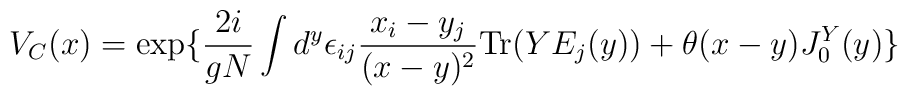
V_C(x)=\exp\{{2i\over gN}\int d^y \epsilon_{ij}{x_i-y_j\over (x-y)^2}{\rm Tr}(YE_j(y))+\theta(x-y)J_0^Y(y)\}